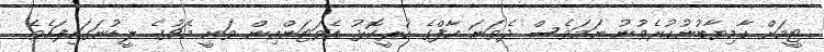
ޓީމަށް ކާމިޔާބުނުކުރެވުނު ނަމަވެސް ދެވަނަ ހާފްގެ ކުރީކޮޅު އެވަޓަންއިން ވަނީ މެޗުގެ ލީޑުނަގައިފައެވެ.